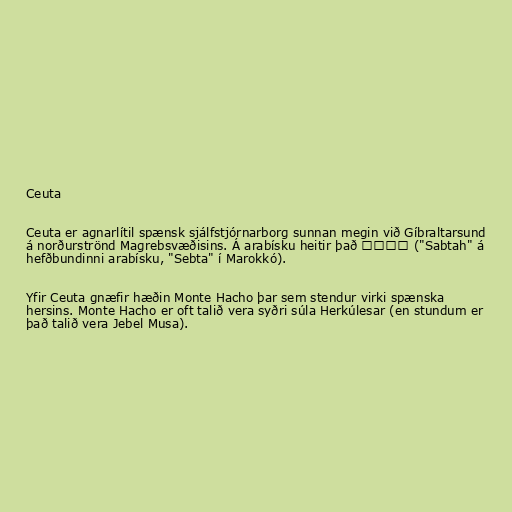
Ceuta

Ceuta er agnarlítil spænsk sjálfstjórnarborg sunnan megin við Gíbraltarsund
á norðurströnd Magrebsvæðisins. Á arabísku heitir það سبتة ("Sabtah" á
hefðbundinni arabísku, "Sebta" í Marokkó).

Yfir Ceuta gnæfir hæðin Monte Hacho þar sem stendur virki spænska
hersins. Monte Hacho er oft talið vera syðri súla Herkúlesar (en stundum er
það talið vera Jebel Musa).